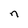
Character: n